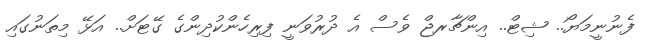
ފެނުނީމަޔޯ.. ޝިޓް.. އިންޗާރޖް ވެސް އެ ދުރުވަނީ ފިރިހެންކުދިންގެ ގޭޓަށް.. އަޅޭ މިތަނުގައި